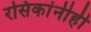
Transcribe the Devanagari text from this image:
रसिकांनीही